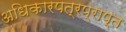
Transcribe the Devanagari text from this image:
अधिकारपत्रप्राप्त